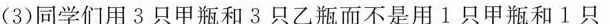
(3)同学们用3只甲瓶和3只乙瓶而不是用l只甲瓶和1只